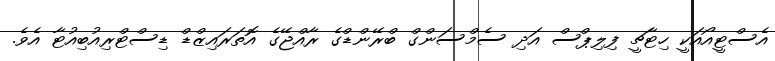
އެސްޓީއޯއަކީ ހިޓާޗީ ފިލިޕްސް އަދި ސެމްސަންގް ބްރޭންޑްގެ ރާއްޖޭގެ އޮތަރައިޒްޑް ޑިސްޓްރިއުބިއުޓާ އެވެ.